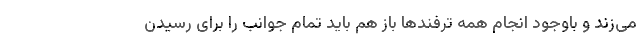
می‌زند و باوجود انجام همه ترفندها باز هم باید تمام جوانب را برای رسیدن